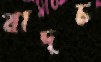
বাদচ